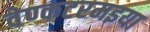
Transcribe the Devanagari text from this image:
वेण्कटरमइया